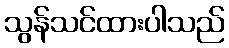
သွန်သင်ထားပါသည်